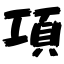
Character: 項